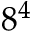
8 ^ { 4 }